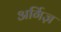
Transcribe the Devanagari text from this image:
अर्गिज़